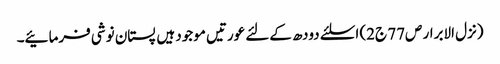
(نزل الابرار ص77 ج2) اسلئے دودھ کےلئے عورتیں موجود ہیں پستان نوشی فرمائیے۔